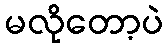
မလိုတော့ပဲ